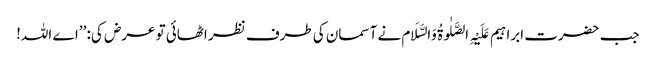
جب حضرت ابراہیم عَلَیْہِ الصَّلٰوۃُ وَالسَّلَام نے آسمان کی طرف نظر اٹھائی تو عرض کی: ’’اے اللہ!